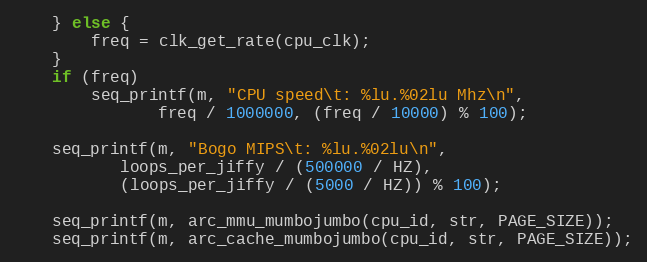
Language: C
	} else {
		freq = clk_get_rate(cpu_clk);
	}
	if (freq)
		seq_printf(m, "CPU speed\t: %lu.%02lu Mhz\n",
			   freq / 1000000, (freq / 10000) % 100);

	seq_printf(m, "Bogo MIPS\t: %lu.%02lu\n",
		   loops_per_jiffy / (500000 / HZ),
		   (loops_per_jiffy / (5000 / HZ)) % 100);

	seq_printf(m, arc_mmu_mumbojumbo(cpu_id, str, PAGE_SIZE));
	seq_printf(m, arc_cache_mumbojumbo(cpu_id, str, PAGE_SIZE));